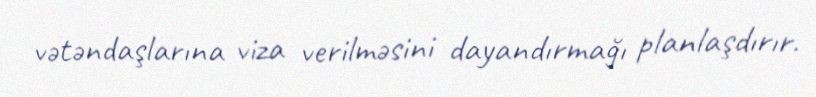
vətəndaşlarına viza verilməsini dayandırmağı planlaşdırır.